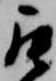
罷